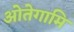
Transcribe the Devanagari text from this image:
ओतेगामि